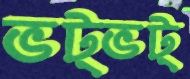
ভট্‌ভট্‌